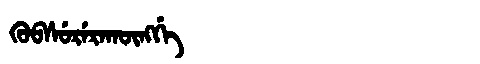
Manchu: ᡴᡠᠪᠰᡠᡵᡝᡵᠠᡴᡡᠩᡤᡝ
Romanization: KUBSURERAKŪNGGE